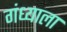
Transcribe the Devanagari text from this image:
गंध्याला